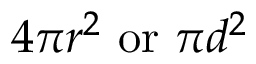
4 \pi r ^ { 2 } \ { \mathrm { o r } } \ \pi d ^ { 2 } \,